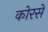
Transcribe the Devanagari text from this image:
कोरसे